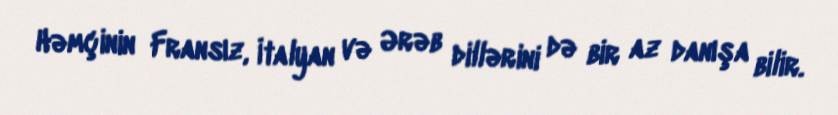
Həmçinin Fransız, İtalyan və Ərəb dillərini də bir az danışa bilir.